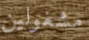
مشغولين